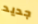
جديد